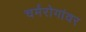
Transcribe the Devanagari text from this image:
चर्मरोगांवर